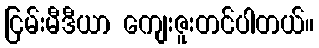
ငြမ်းမီဒီယာ ကျေးဇူးတင်ပါတယ်။